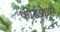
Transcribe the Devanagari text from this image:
फीडफेचर